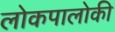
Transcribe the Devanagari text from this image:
लोकपालोकी